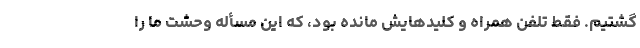
گشتیم. فقط تلفن همراه و کلیدهایش مانده بود، که این مسأله وحشت ما را